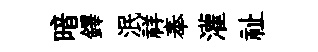
暗鐸泯祥奉灌祉